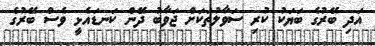
އަދި ބޭރުގެ ބަޔަކު ކުރި ސަވާލުތަކަށް ޖަވާބު ދޭން ކަނޑައެޅީ ވެސް ބޭރުގެ